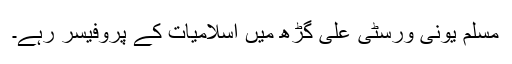
مسلم یونی ورسٹی علی گڑھ میں اسلامیات کے پروفیسر رہے۔